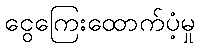
ငွေကြေးထောက်ပံ့မှု